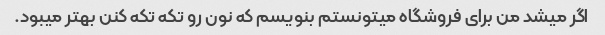
اگر میشد من برای فروشگاه میتونستم بنویسم که نون رو تکه تکه کنن بهتر میبود.